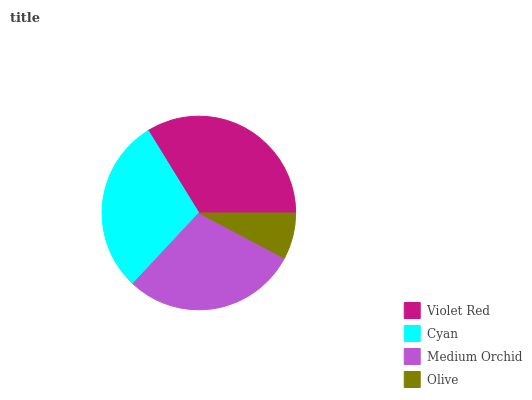
| Violet Red | Cyan | Medium Orchid | Olive |
 | --- | --- | --- | --- |
 | 33.7% | 29.3% | 29.3% | 7.75% |